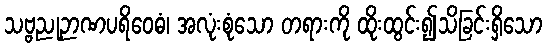
သဗ္ဗညုဉာဏပရိဝေဓံ၊ အလုံးစုံသော တရားကို ထိုးထွင်း၍သိခြင်းရှိသော